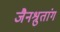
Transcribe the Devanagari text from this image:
जैनश्रुतांग